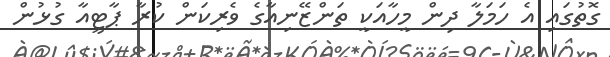
ގޮތުގައި އެ ހަމަލާ ދިން މީހާއަކީ ތަންޒޭނިއާގެ ވެރިކަން ކުރާ ޕާޓީއާ ގުޅުން